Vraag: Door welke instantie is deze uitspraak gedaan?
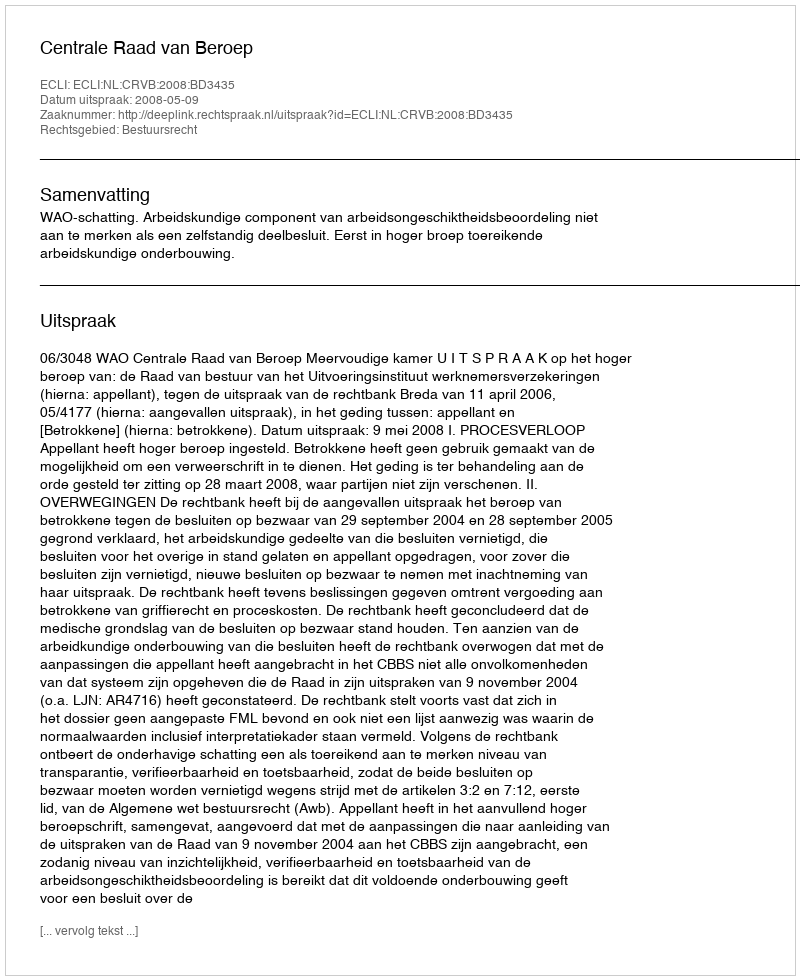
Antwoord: Centrale Raad van Beroep